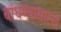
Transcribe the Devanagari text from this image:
बांधण्यासारखे